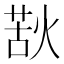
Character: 𭵌